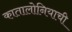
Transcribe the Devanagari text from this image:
कातालोनियाची